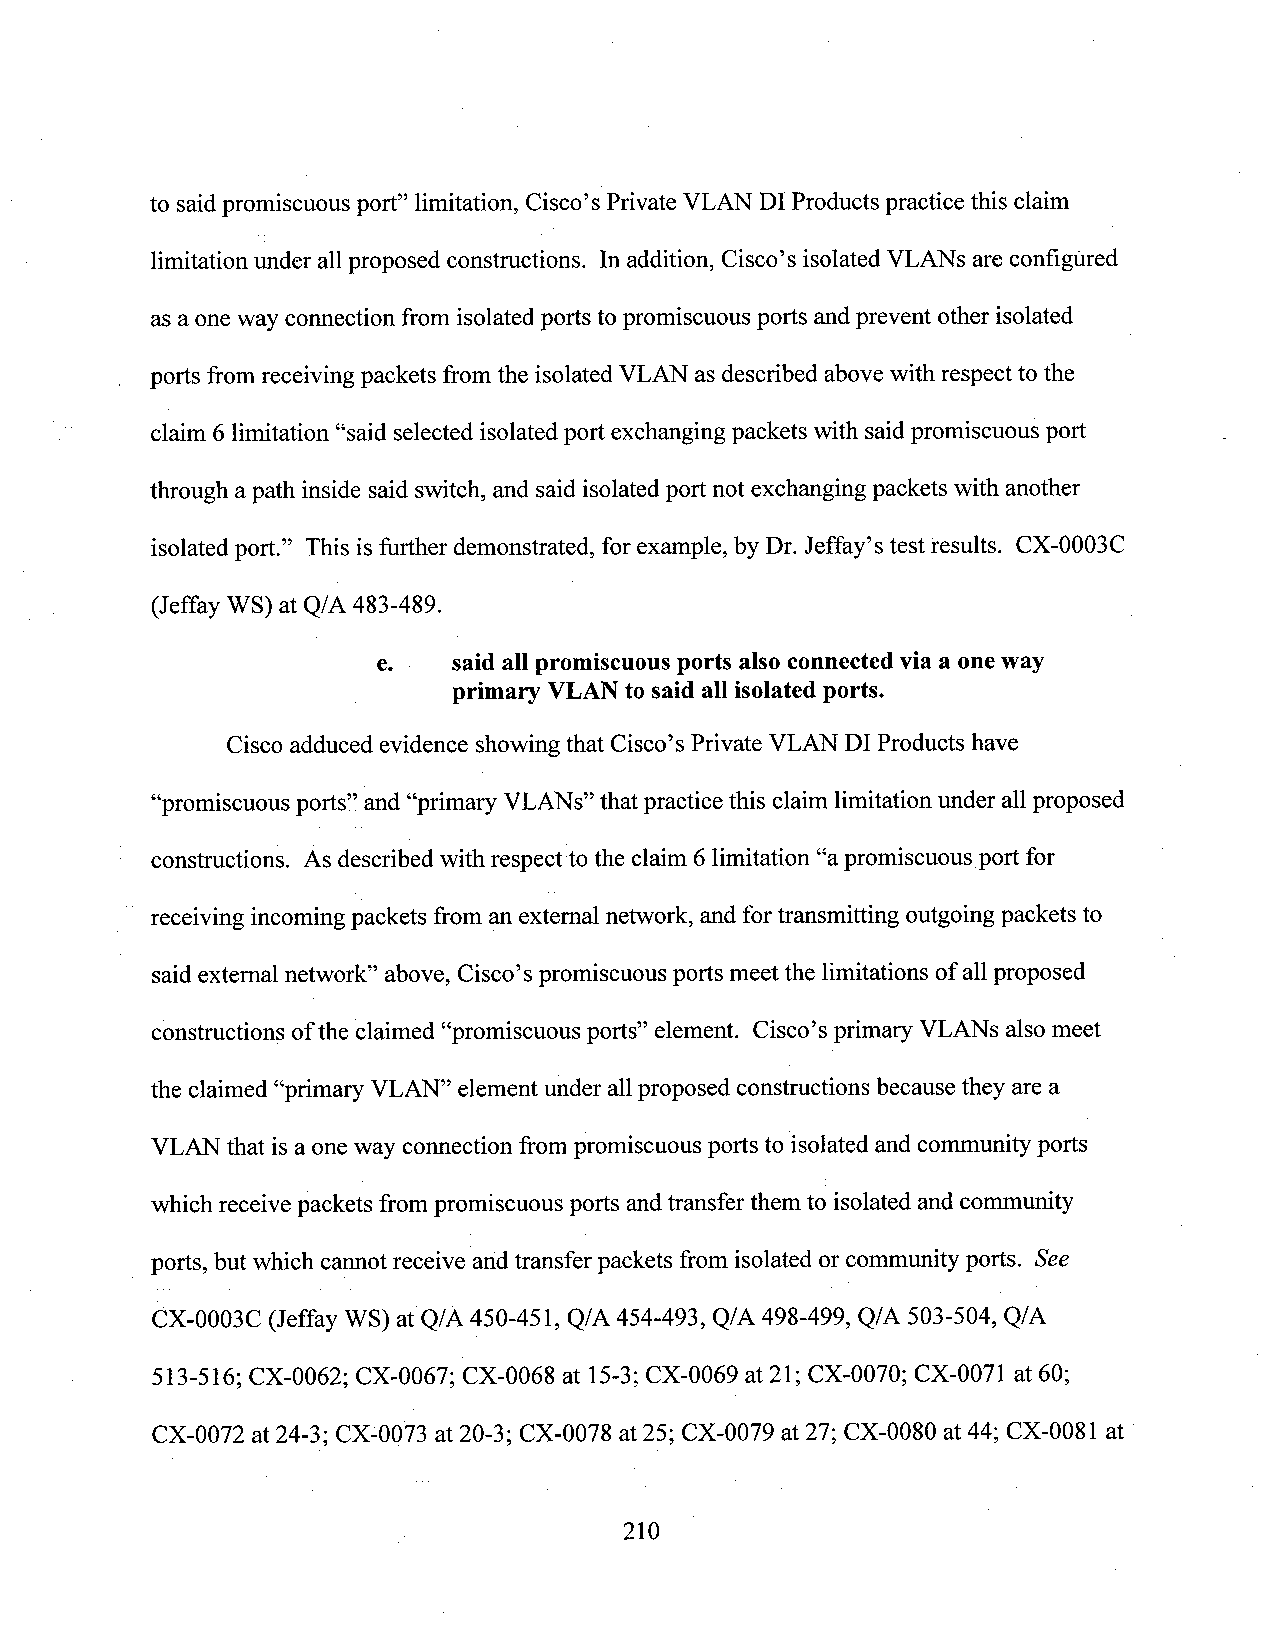
to saidpromiscuous port” limitation, Cisco’s Private VLAN DI Products practice this claim
 limitation Lmderallproposed constructions. In addition, Cisco’s isolated VLANs are configured
 as a oneway connection from isolated ports to promiscuous ports andprevent other isolated
 ports fromreceiving packets fromthe isolated VLAN as described abovewith respect to the
 claim 6 limitation “said selected isolated poit exchangingpackets with saidpromiscuous port
 through apath inside said switch, and said isolated port not exchanging packets with another
 isolated port.” This isfurther demonstrated, for example, by Dr. Jeffay’s test results. CX-0003C
 (Jeffay WS) at Q/A 483-489.
 e.   said all promiscuous ports also connected via a oneway
 primary VLANto said all isolated ports.
 Ciscoadduced evidence showing that Cisco’s Private VLAN DI Products have
 “promiscuous ports” and “primary VLANs” that practice this claim limitation under all proposed
 constructions. As described with respect to the claim 6 limitation “apromiscuous port for
 receiving incoming packets from an external network, and fortransmitting outgoingpackets to
 saidexternal network” above, Cisco’s promiscuous ports meet the limitations ofall proposed
 constructions ofthe claimed “promiscuous ports” element. Cisco’sprimary VLANs also meet
 the claimed “primary VLAN” element lll’1d6aI‘ll proposed constructions because they are a
 VLAN that is aone way connection from promiscuous ports to isolated and corrununityports
 which receive packets frompromiscuous ports andtransfer them to isolated and community
 ports, but which cannot receive andtransfer packets from isolated orcommunity ports. See
 CX-0003C (Jeffay WS) at Q/A 450-451, Q/A 454-493, Q/A 498-499, Q/A 503-504, Q/A
 5l3-516; CX-0062; CX-0067; CX-0068 at 15-3;CX-0069 at 21; CX-0070; CX-0071 at 60;
 CX-0072 at24-3; CX-0073 at 20-3; CX-0078 at 25; CX-0079 at 27; CX-0080 at44; CX-0081 at
 210